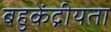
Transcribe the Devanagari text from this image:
बहुकेंद्रीयता